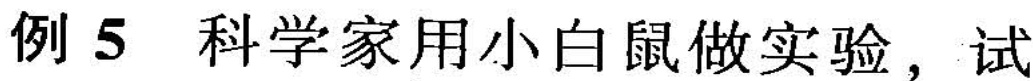
例5 科学家用小白鼠做实验，试